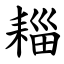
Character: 䎩